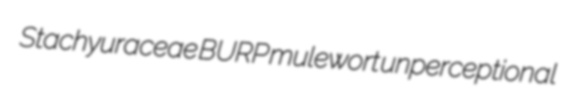
Stachyuraceae BURP mulewort unperceptional